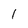
Character: 1